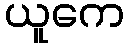
ယူကေ